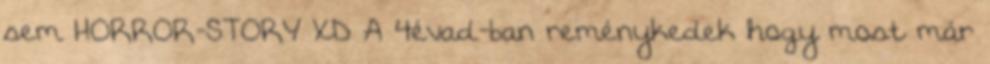
sem HORROR-STORY XD A 4évad-ban reménykedek hogy most már